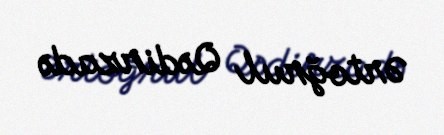
Ərtoğrul Qədirzadə